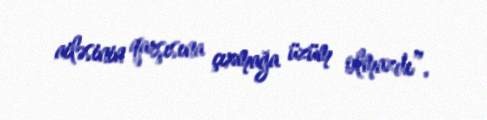
ailəsinin qarşısına çıxmağa üzüm olmazdı”.